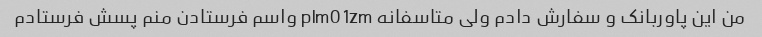
من این پاوربانک و سفارش دادم ولی متاسفانه plm01zm واسم فرستادن منم پسش فرستادم